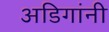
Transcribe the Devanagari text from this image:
अडिगांनी